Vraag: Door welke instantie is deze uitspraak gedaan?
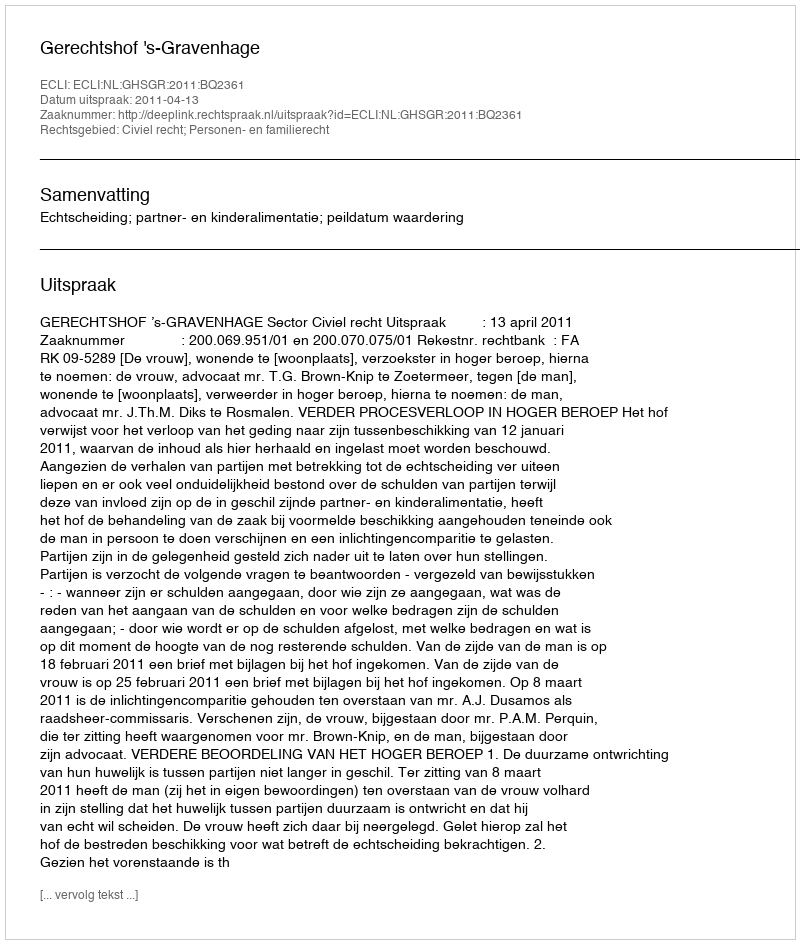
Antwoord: Gerechtshof 's-Gravenhage